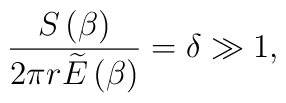
\frac{S\left(\beta \right)}{2\pi r\widetilde{E}\left(\beta \right)}=\delta \gg 1,